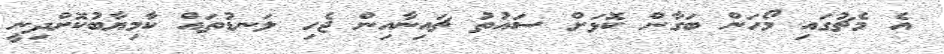
އެ މެޗުގައި މޯހަން ބަގާން ކޮޅަށް ސައުތު ޗައިނާއިން ޖެހި ލަނޑުތައް ކާމިޔާބުކޮށްދިނީ